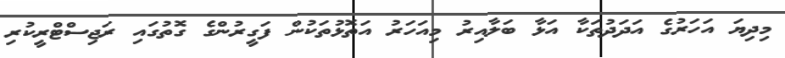
މިދިޔަ އަހަރުގެ އަދަދުތަކާ އަޅާ ބަލާއިރު މިއަހަރު އަތޮޅުތަކުން ފަގީރުންގެ ގޮތުގައި ރަޖިސްޓްރީކުރި